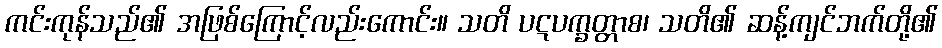
ကင်းကုန်သည်၏ အဖြစ်ကြောင့်လည်းကောင်း။ သတိ ပဋပက္ခတ္တာစ၊ သတိ၏ ဆန့်ကျင်ဘက်တို့၏